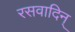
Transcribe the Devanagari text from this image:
रसवादिन्